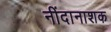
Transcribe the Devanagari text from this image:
नींदानाशक